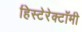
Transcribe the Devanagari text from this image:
हिस्टेरेक्टॉमी